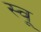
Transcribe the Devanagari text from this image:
स्वू